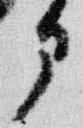
部